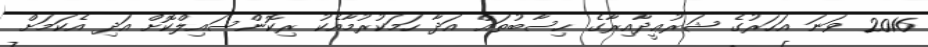
2016 ވަނަ އަހަރުގެ ޝަރުޢީދާއިރާގެ ހިސާބުތައް އަދާ ހަމަކުރުމާއެކު ރިކޮންސައިލްކޮށް އަދި އެކަމަށް